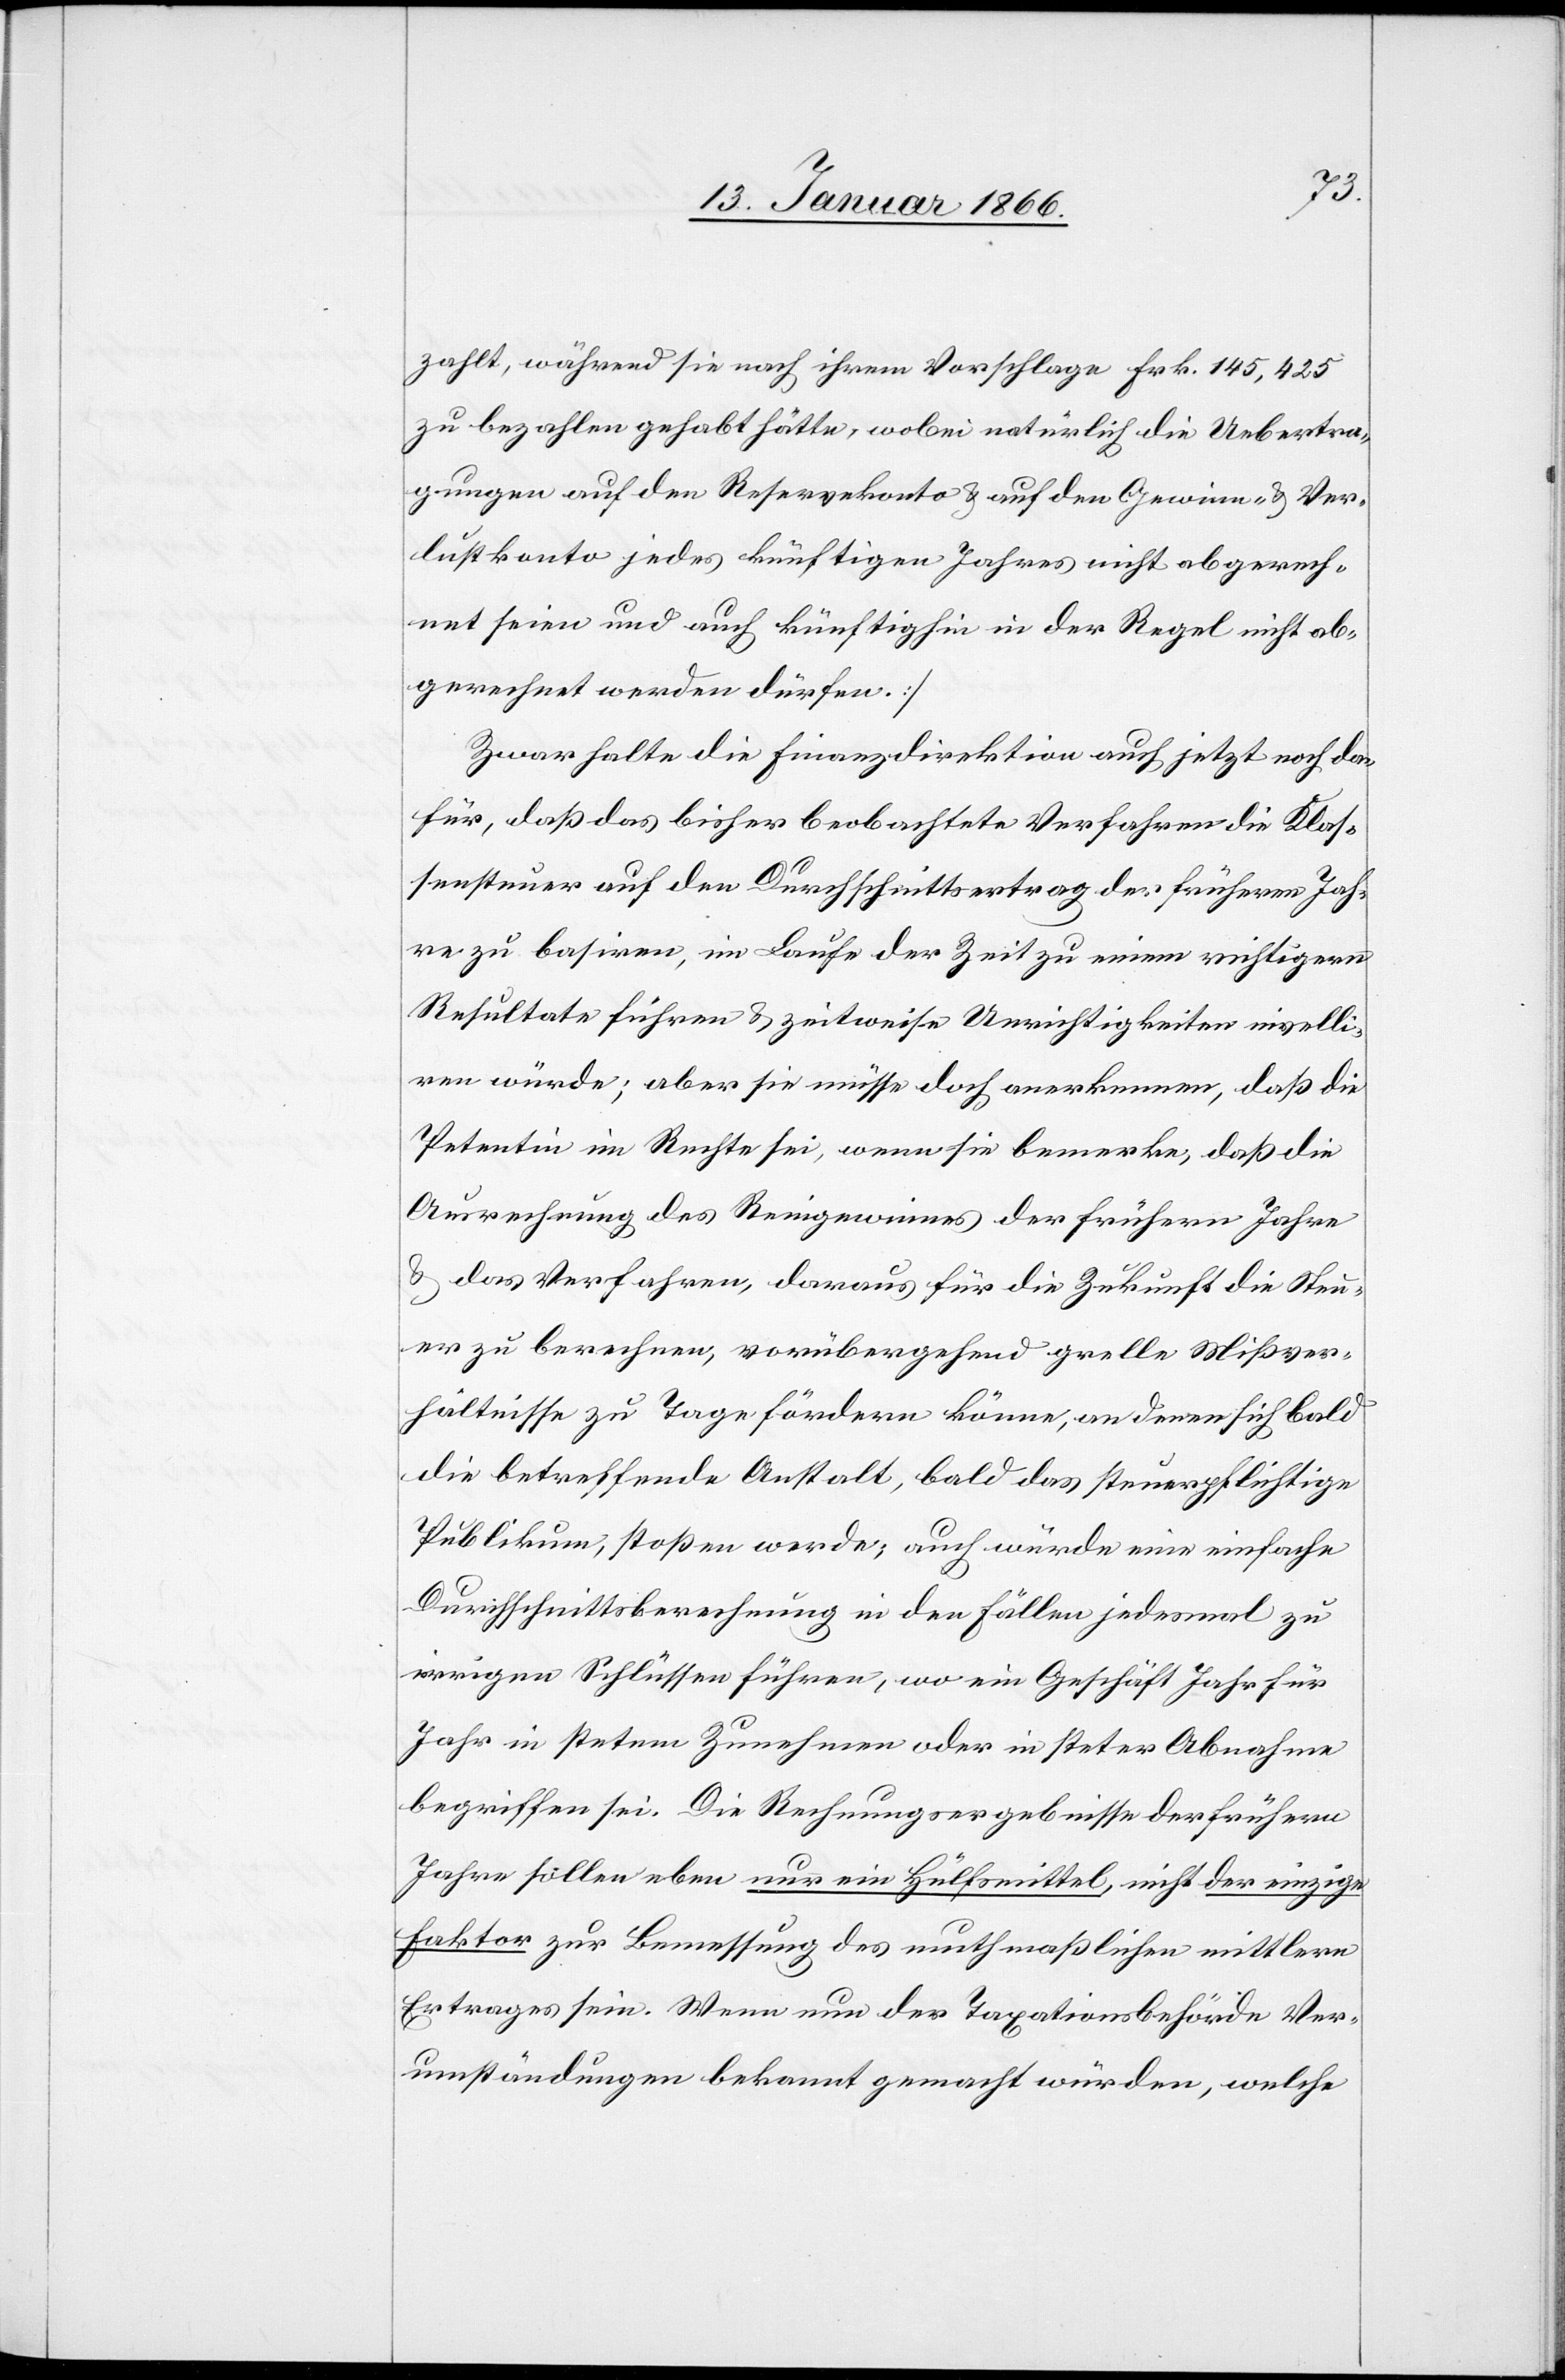
zahlt, während sie nach ihrem Vorschlage Frk. 145,425
zu bezahlen gehabt hätte, wobei natürlich die Uebertra¬
gungen auf den Reservekonto u. auf den Gewinn- u. Ver¬
lustkonto jedes künftigen Jahres nicht abgerech¬
net seien und auch künftighin in der Regel nicht ab¬
gerechnet werden dürfen.]
Zwar halte die Finanzdirektion auch jetzt noch da¬
für, daß das bisher beobachtete Verfahren die Klas¬
sensteuer auf den Durchschnittsertrag der früheren Jah¬
re zu basiren, im Laufe der Zeit zu einem richtigern
Resultate führen u. zeitweise Unrichtigkeiten nivelli¬
ren würde; aber sie müsse doch anerkennen, daß die
Petentin im Rechte sei, wenn sie bemerke, daß die
Ausrechnung des Reingewinnes der frühern Jahre
u. das Verfahren, daraus für die Zukunft die Steu¬
er zu berechnen, vorübergehend grelle Mißver¬
hältnisse zu Tage fördern könne, an denen sich bald
die betreffende Anstalt, bald das steuerpflichtige
Publikum, stoßen werde; auch würde eine einfache
Durchschnittsberechnung in den Fällen jedesmal zu
irrigen Schlüssen führen, wo ein Geschäft Jahr für
Jahr in stetem Zunehmen oder in steter Abnahme
begriffen sei. Die Rechnungsergebnisse der frühern
Jahre sollen eben nur ein Hülfsmittel, nicht der einzige
Faktor zu Bemessung des muthmaßlichen mittlern
Ertrages sein. Wenn nun der Taxationsbehörde Ver¬
umständungen bekannt gemacht würden, welche